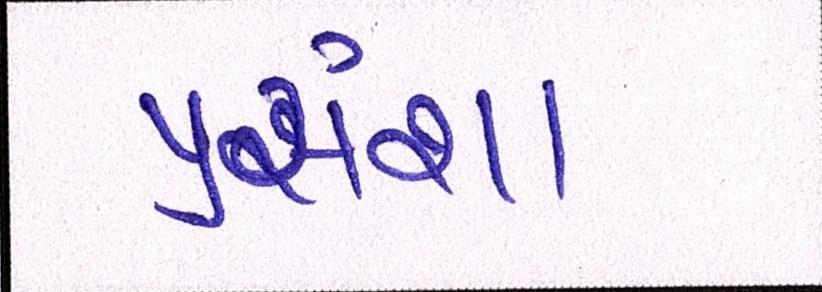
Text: પ્રસંશા